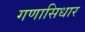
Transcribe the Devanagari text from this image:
गणासिधार